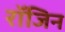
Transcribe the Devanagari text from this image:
रॉजिन